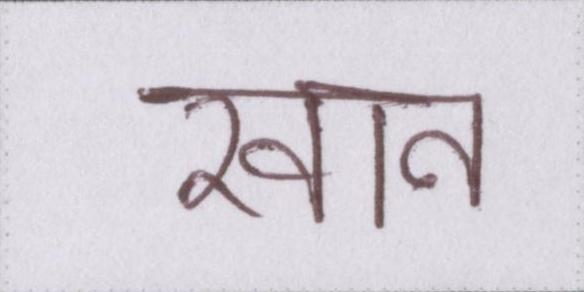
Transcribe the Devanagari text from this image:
खान